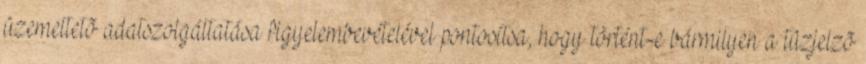
üzemeltetõ adatszolgáltatása figyelembevételével pontosítsa, hogy történt-e bármilyen a tûzjelzõ